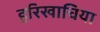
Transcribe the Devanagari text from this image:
हरिखाचिया